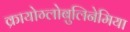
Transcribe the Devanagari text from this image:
क्रायोग्लोबुलिनेमिया